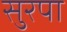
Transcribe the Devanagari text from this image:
सुरपा